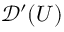
{ \mathcal { D } } ^ { \prime } ( U )